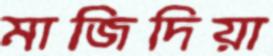
মাজিদিয়া